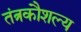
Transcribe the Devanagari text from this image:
तंत्रकौशल्य